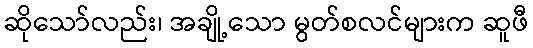
ဆိုသော်လည်း၊ အချို့သော မွတ်စလင်များက ဆူဖီ